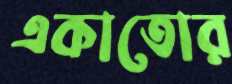
একাতোর